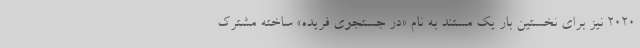
۲۰۲۰ نیز برای نخستین بار یک مستند به نام «در جستجوی فریده» ساخته مشترک